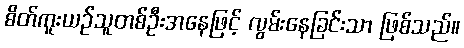
စိတ်ကူးယဉ်သူတစ်ဦးအနေဖြင့် လွမ်းနေခြင်းသာ ဖြစ်သည်။